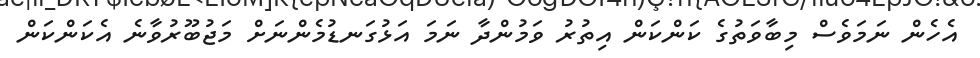
އެހެން ނަމަވެސް މިބާވަތުގެ ކަންކަން އިތުރު ވަމުންދާ ނަމަ އަޅުގަނޑުމެންނަށް މަޖުބޫރުވާނެ އެކަންކަން